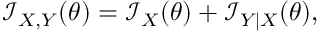
{ \mathcal { I } } _ { X , Y } ( \theta ) = { \mathcal { I } } _ { X } ( \theta ) + { \mathcal { I } } _ { Y \mid X } ( \theta ) ,